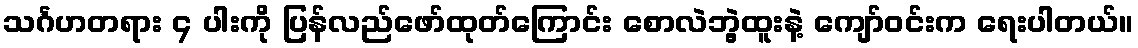
သင်္ဂဟတရား ၄ ပါးကို ပြန်လည်ဖော်ထုတ်ကြောင်း စောလဲဘွဲ့ထူးနဲ့ ကျော်ဝင်းက ရေးပါတယ်။